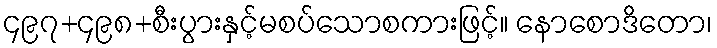
၄၉၇+၄၉၈+စီးပွားနှင့်မစပ်သောစကားဖြင့်။ နောစောဒိတော၊